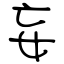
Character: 妄